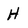
Character: H